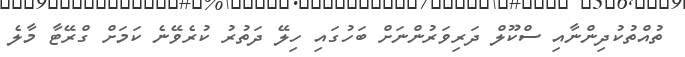
ތުއްތުކުދިންނާއި ސްކޫލް ދަރިވަރުންނަށް ބަހުގައި ހިލޭ ދަތުރު ކުރެވޭނެ ކަމަށް ގްރޭޓާ މާލެ